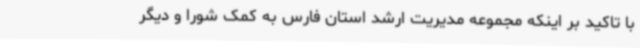
با تاکید بر اینکه مجموعه مدیریت ارشد استان فارس به کمک شورا و دیگر